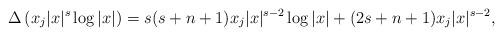
LaTeX: \begin{align*}\Delta\left(x_{j}|x|^{s}\log|x|\right)=s(s+n+1)x_{j}|x|^{s-2}\log|x|+(2s+n+1)x_{j}|x|^{s-2},\end{align*}